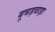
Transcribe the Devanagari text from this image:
बूचड़वाड़ा